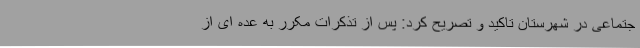
جتماعی در شهرستان تاکید و تصریح کرد: پس از تذکرات مکرر به عده ای از